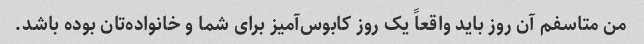
من متاسفم آن روز باید واقعاً یک روز کابوس‌آمیز برای شما و خانواده‌تان بوده باشد.